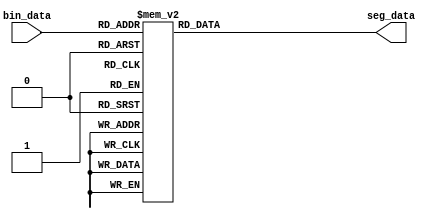
`timescale 1ns / 1ps
//////////////////////////////////////////////////////////////////////////////////
// Company: 
// Engineer: 
// 
// Design Name: 
// Module Name:    SEG_Decoder 
// Project Name: 
// Target Devices: 
// Tool versions: 
// Description: 
//
// Dependencies: 
//
// Revision: 
// Revision 0.01 - File Created
// Additional Comments: 
//
//////////////////////////////////////////////////////////////////////////////////
module SEG_Decoder(
	input[3:0]      bin_data,
	output reg[7:0] seg_data
    );

always@(*)
begin
	case(bin_data)
		4'd0:seg_data <= 8'b1100_0000;
		4'd1:seg_data <= 8'b1111_1001;
		4'd2:seg_data <= 8'b1010_0100;
		4'd3:seg_data <= 8'b1011_0000;
		4'd4:seg_data <= 8'b1001_1001;
		4'd5:seg_data <= 8'b1001_0010;
		4'd6:seg_data <= 8'b1000_0010;
		4'd7:seg_data <= 8'b1111_1000;
		4'd8:seg_data <= 8'b1000_0000;
		4'd9:seg_data <= 8'b1001_0000;
		4'ha:seg_data <= 8'b1000_1000;
		4'hb:seg_data <= 8'b1000_0011;
		4'hc:seg_data <= 8'b1100_0110;
		4'hd:seg_data <= 8'b1010_0001;
		4'he:seg_data <= 8'b1000_0110;
		4'hf:seg_data <= 8'b1000_1110;
		default:seg_data <= 8'b1111_1111;
	endcase
end

endmodule